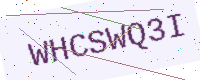
Text: WHCSWQ3I